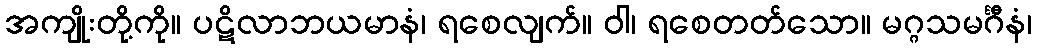
အကျိုးတို့ကို။ ပဋိလာဘယမာနံ၊ ရစေလျက်။ ဝါ၊ ရစေတတ်သော။ မဂ္ဂသမင်္ဂီနံ၊